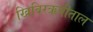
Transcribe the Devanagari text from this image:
खिबिरऋषीताल